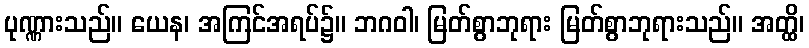
ပုဏ္ဏားသည်။ ယေန၊ အကြင်အရပ်၌။ ဘဂဝါ၊ မြတ်စွာဘုရား မြတ်စွာဘုရားသည်။ အတ္ထိ၊